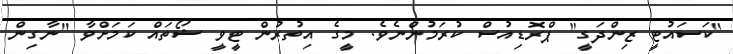
"ކަސައުޓީ ޒިންދަގީ" ޕްރޮޑިއުސް ކުރަމުންނެވެ. މީގެ އިތުރުން ޓީވީ ޝޯތައް ކަމަށްވާ "ނާގިން